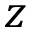
z